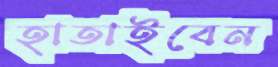
হাতাইবেন